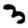
Digit: 3